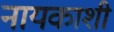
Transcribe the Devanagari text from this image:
नायकाशी